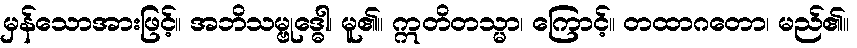
မှန်သောအားဖြင့်။ အဘိသမ္ဗုဒ္ဓေါ၊ မူ၏။ ဣတိတသ္မာ၊ ကြောင့်။ တထာဂတော၊ မည်၏။